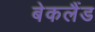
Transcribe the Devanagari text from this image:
बेकलैंड